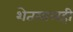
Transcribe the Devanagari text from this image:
शेतमालही